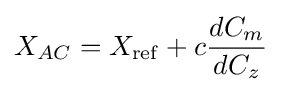
X_{AC}=X_{\mathrm {ref} }+c{dC_{m} \over dC_{z}}